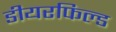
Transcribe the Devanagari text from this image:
डीयरफिल्ड